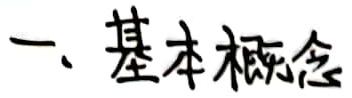
一、基本概念